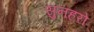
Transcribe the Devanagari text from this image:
सुनहरो